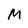
Character: M